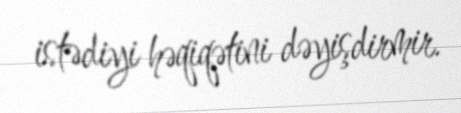
istədiyi həqiqətini dəyişdirmir.